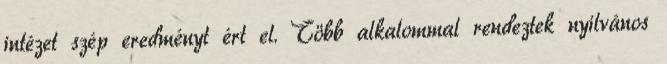
intézet szép eredményt ért el. Több alkalommal rendeztek nyilvános